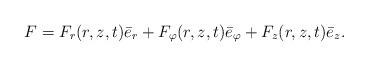
LaTeX: \begin{align*}F=F_r(r,z,t)\bar e_r+F_\varphi(r,z,t)\bar e_\varphi+F_z(r,z,t)\bar e_z.\end{align*}